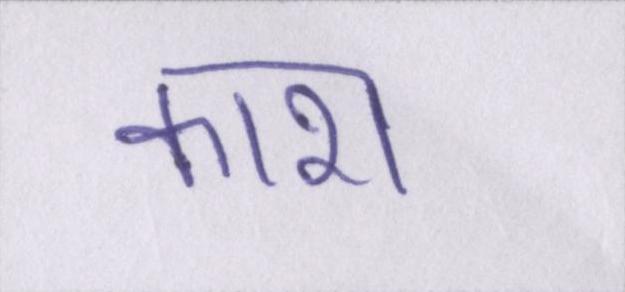
काश